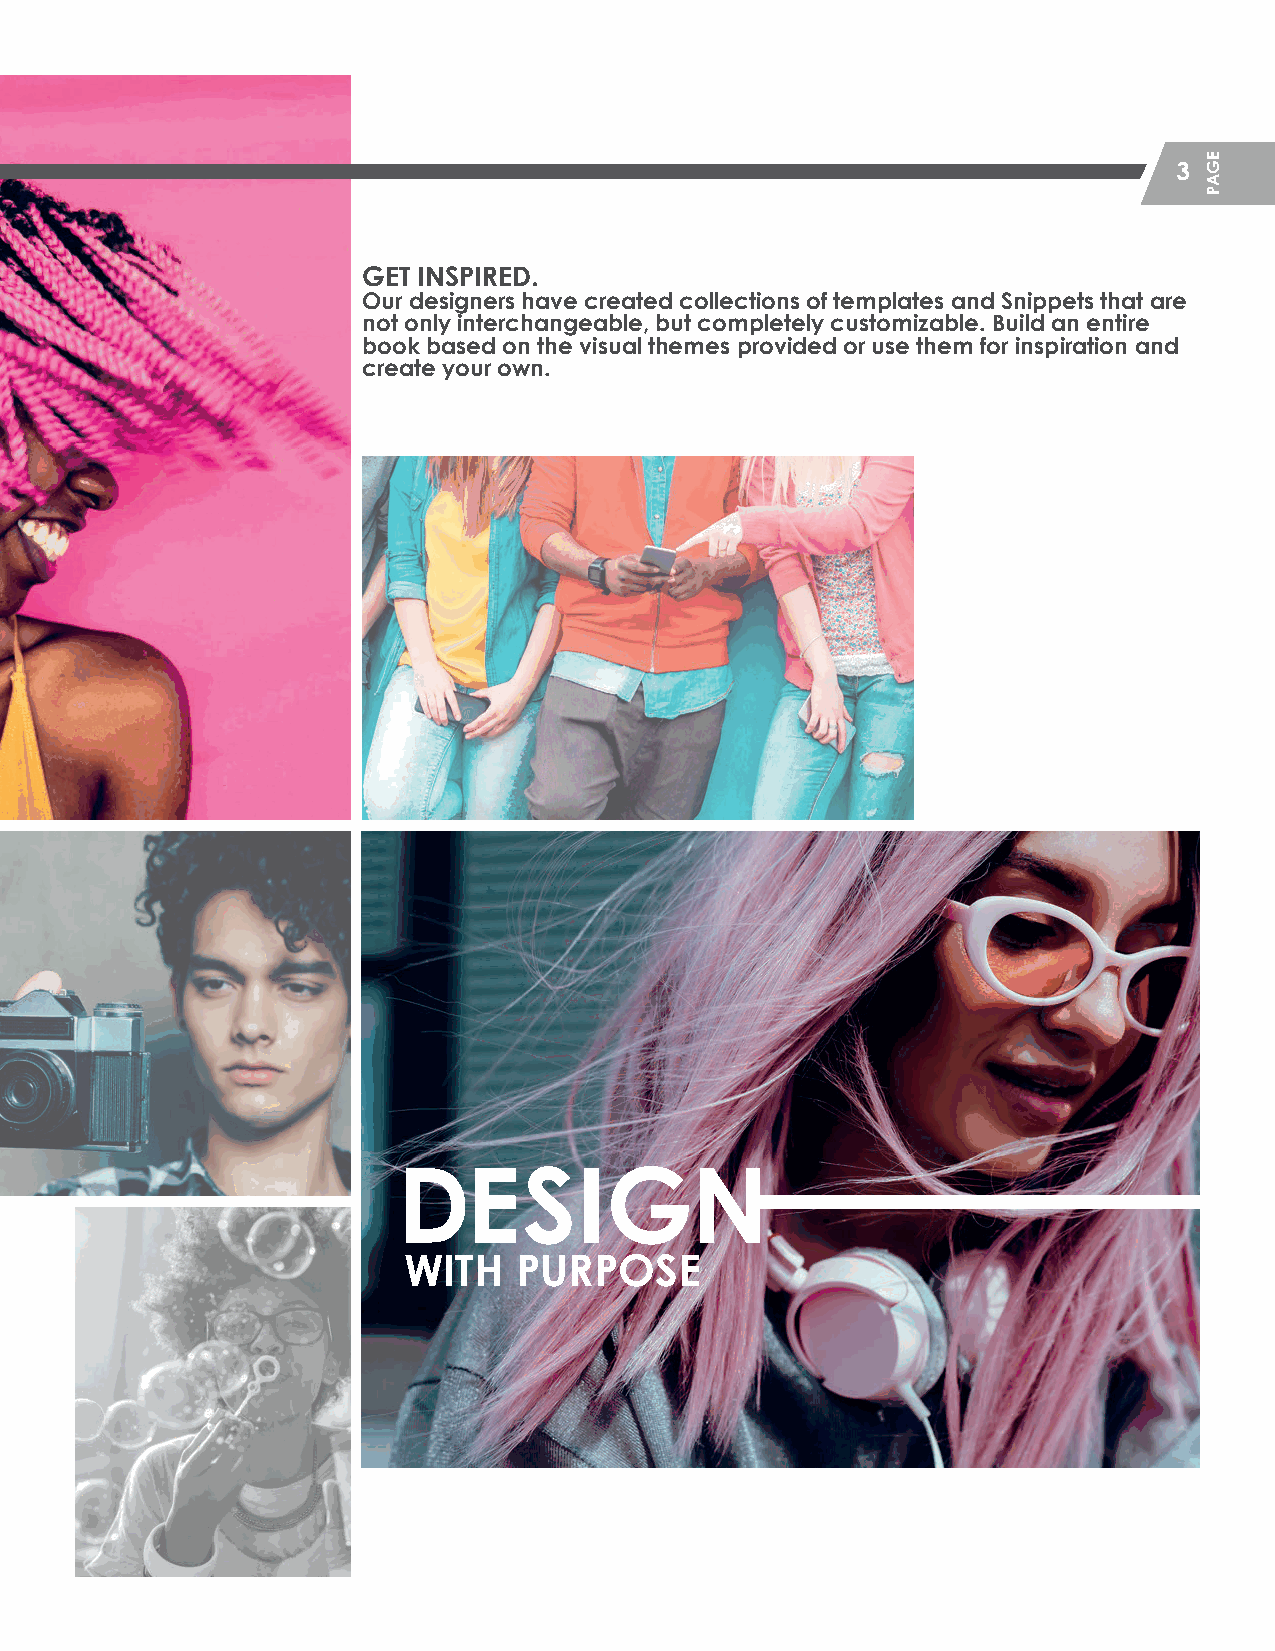
3
 GET INSPIRED.
 Our designers have created collections of templates and Snippets that are
 not only interchangeable, but completely customizable. Build an entire
 book based on the visual themes provided or use them for inspiration and
 create your own.
 DESIGN
 WITH   PURPOSE
 HHSS__CCrreeaattiivvee__GGuuiiddeePPFF__MMSS..iinndddd 33                   22//55//2200 1122::1122 PPMM
 EGAP